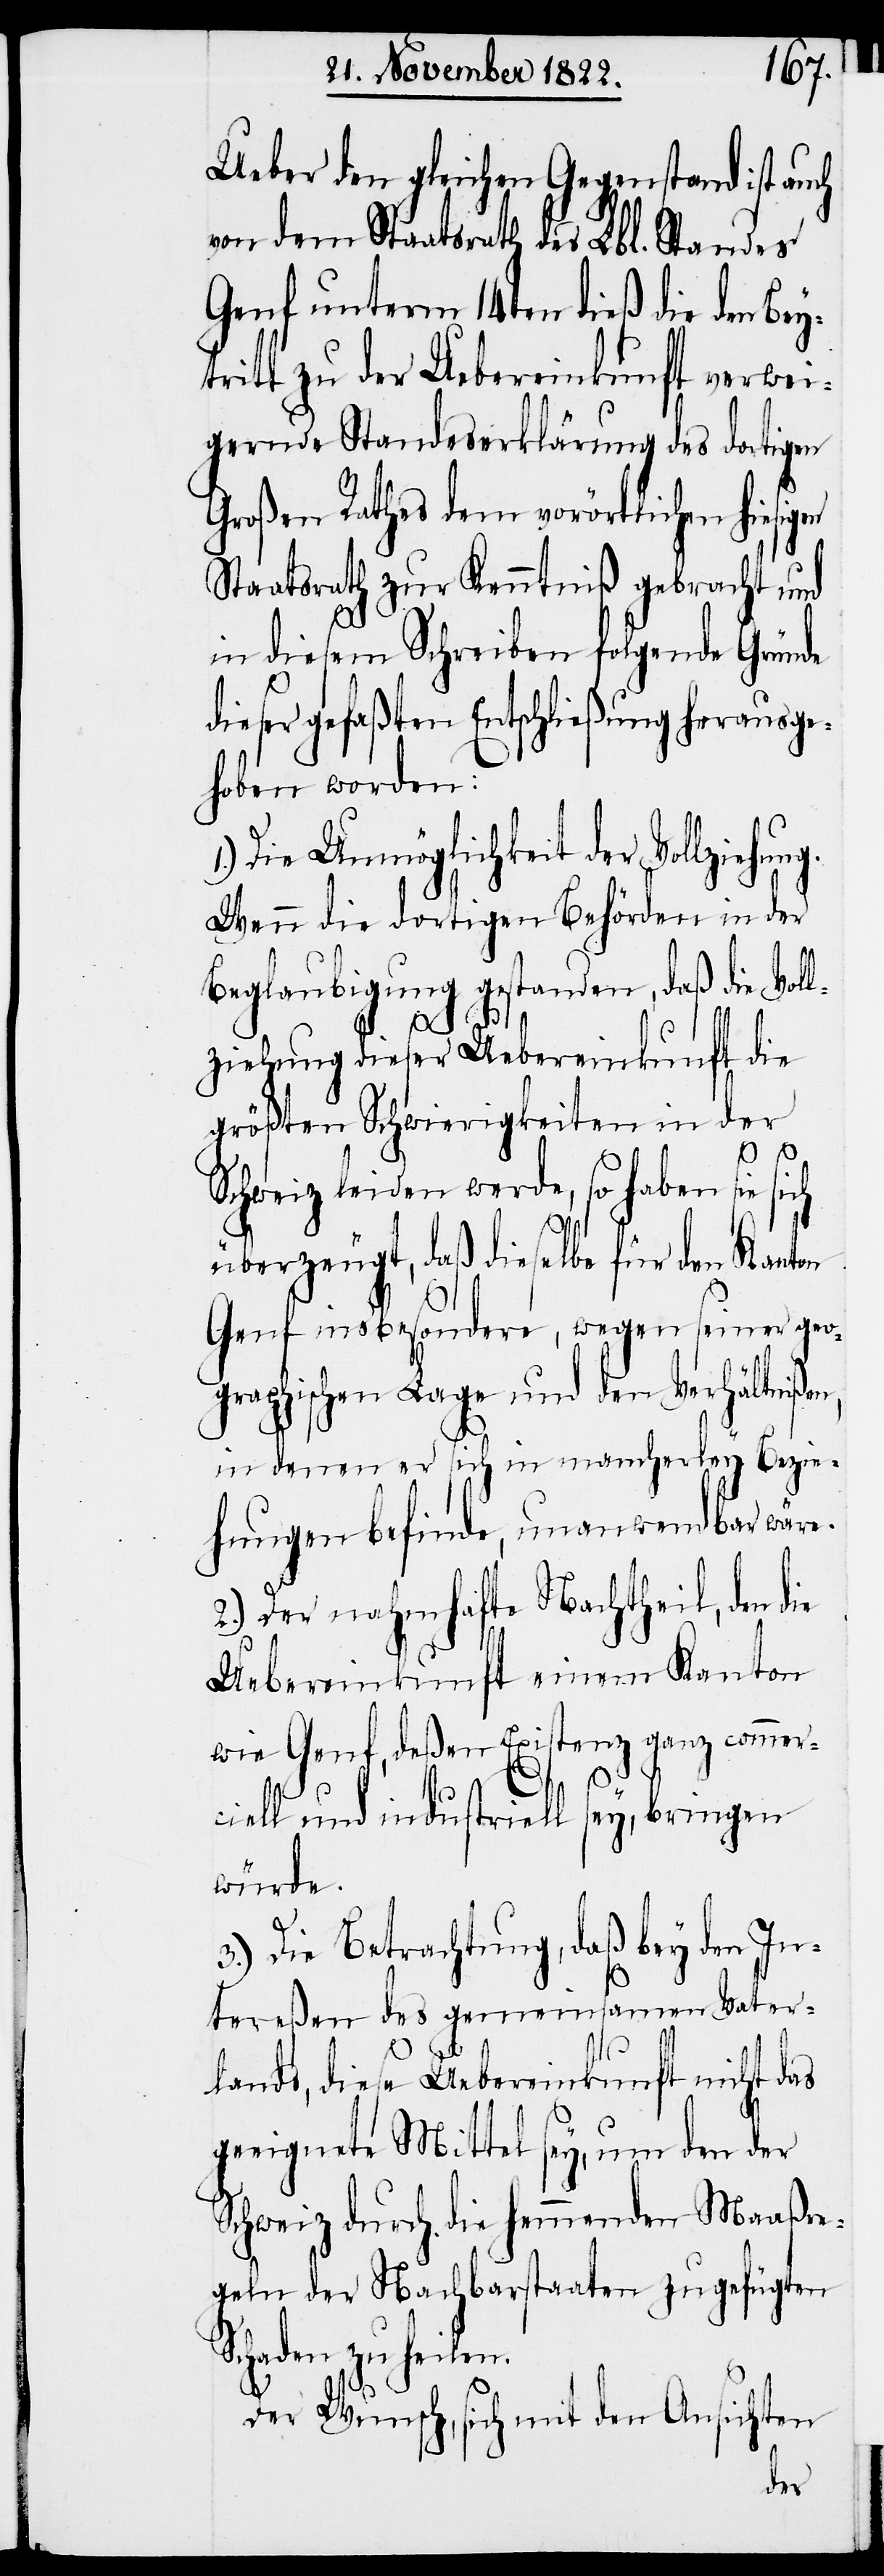
Ueber den gleichen Gegenstand ist au¬
von dem Staatsrath des Lbl. Standes
Genf unterm 14ten dieß die den Bey¬
tritt zu der Uebereinkunft verwei¬
gernde Standeserklärung des dortigen
Großen Rathes dem vorörtlichen hiesig¬
Staatsrath zur Kenntniß gebracht und
in diesem Schreiben folgende Gründe
dieser gefaßten Entschließung herausge¬
hoben worden:
Die Unmöglichkeit der Vollziehun¬
Wenn die dortigen Behörden in der
Beglaubigung gestanden, daß die Vol¬
Sc¬
ziehung dieser Uebereinkunft die
größten Schwierigkeiten in der
Schweiz leiden werde, so haben sie sich
überzeugt, daß dieselbe für den Kanton
Genf insbesondere, wegen seiner geo¬
graphischen Lage und den Verhältniße¬
in denen er sich in mancherley Bezie¬
hungen befinde, unanwendbar wär¬
2.) Der nahmhafte Nachtheil, den die
Uebereinkunft einem Kanton
wie Genf, deßen Existenz ganz commer¬
n,
ciell und industriell sey, bringen
würde.
3.) Die Betrachtung, daß bey den In¬
tereßen des gemeinsamen Vater¬
lands, diese Uebereinkunft nicht das
geeignete Mittel sey, um den der
Schweiz durch die hemmenden Maaßre¬
geln der Nachbarstaaten zugefügten
haden zu heilen.
Der Wunsch, sich mit den Ansichten